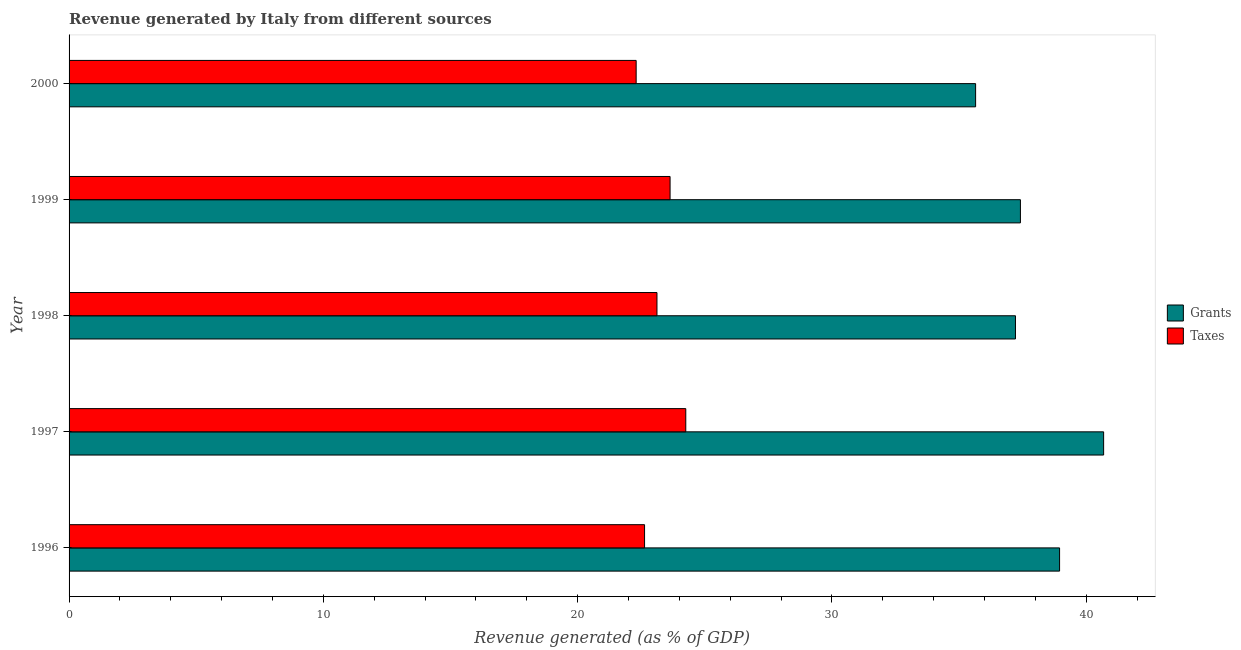
| Year | Grants | Taxes |
 | --- | --- | --- |
 | 1996 | 39 | 22.6 |
 | 1997 | 40.7 | 24.3 |
 | 1998 | 37.2 | 23.1 |
 | 1999 | 37.4 | 23.6 |
 | 2000 | 35.7 | 22.3 |